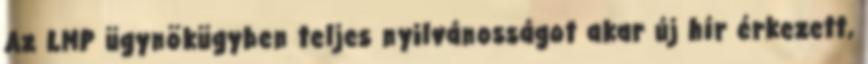
Az LMP ügynökügyben teljes nyilvánosságot akar új hír érkezett,